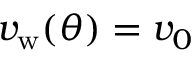
v _ { \mathrm { w } } ( \theta ) = v _ { 0 }